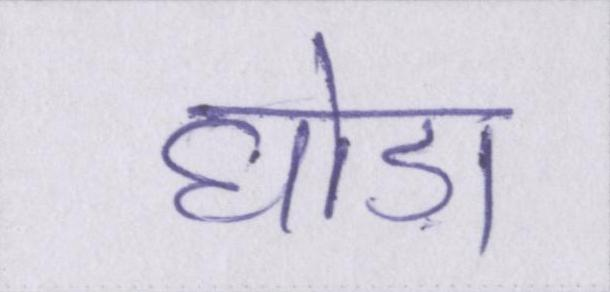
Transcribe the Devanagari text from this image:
घोड़ा